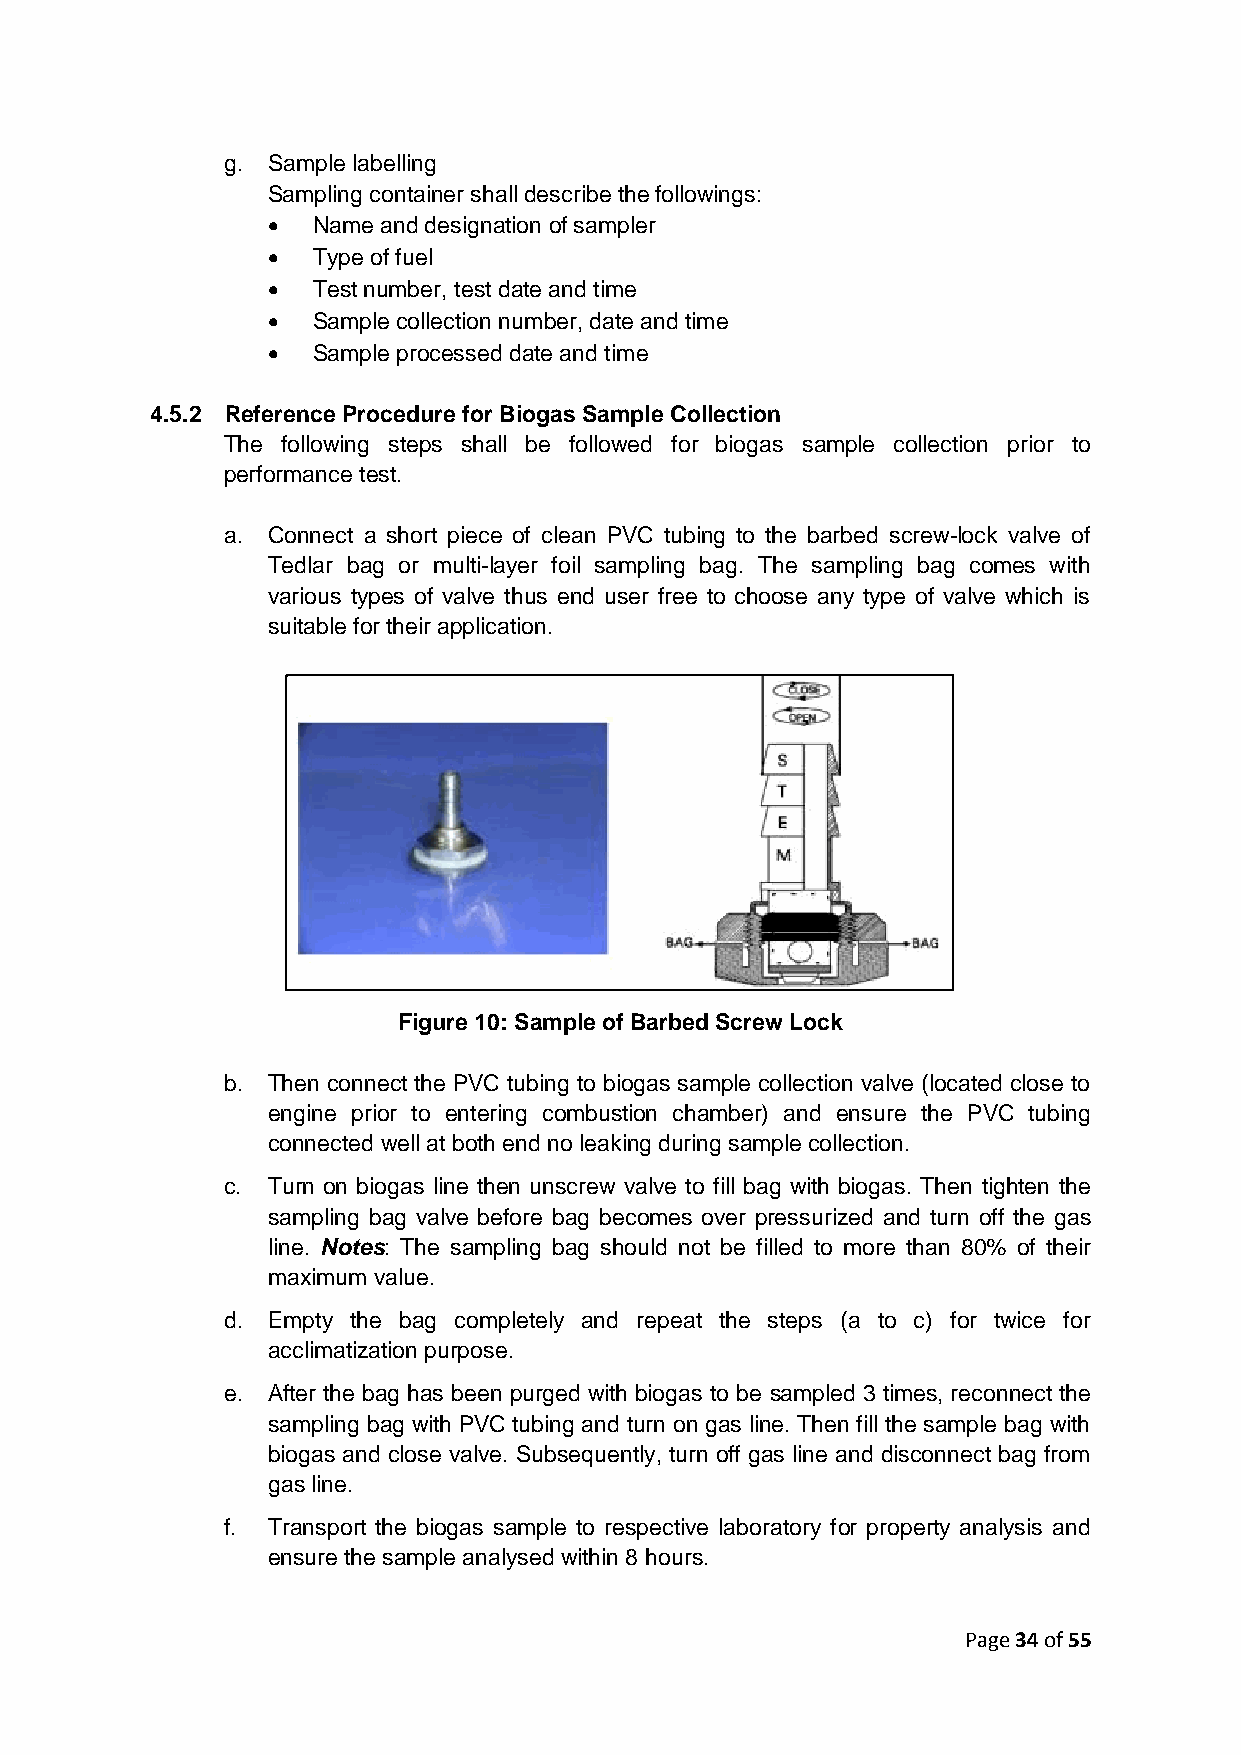
g. Sample labelling
 Sampling container shall describe the followings:
   Name and designation of sampler
   Type of fuel
   Test number, test date and time
   Sample collection number, date and time
   Sample processed date and time
 4.5.2 Reference Procedure for Biogas Sample Collection
 The following steps shall be followed for biogas sample collection prior to
 performance test.
 a. Connect a short piece of clean PVC tubing to the barbed screw-lock valve of
 Tedlar bag or multi-layer foil sampling bag. The sampling bag comes with
 various types of valve thus end user free to choose any type of valve which is
 suitable for their application.
 Figure 10: Sample of Barbed Screw Lock
 b. Then connect the PVC tubing to biogas sample collection valve (located close to
 engine prior to entering combustion chamber) and ensure the PVC tubing
 connected well at both end no leaking during sample collection.
 c. Turn on biogas line then unscrew valve to fill bag with biogas. Then tighten the
 sampling bag valve before bag becomes over pressurized and turn off the gas
 line. Notes: The sampling bag should not be filled to more than 80% of their
 maximum value.
 d. Empty the bag completely and repeat the steps (a to c) for twice for
 acclimatization purpose.
 e. After the bag has been purged with biogas to be sampled 3 times, reconnect the
 sampling bag with PVC tubing and turn on gas line. Then fill the sample bag with
 biogas and close valve. Subsequently, turn off gas line and disconnect bag from
 gas line.
 f. Transport the biogas sample to respective laboratory for property analysis and
 ensure the sample analysed within 8 hours.
 Page 34 of 55